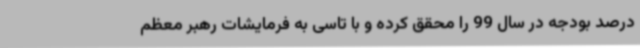
درصد بودجه در سال 99 را محقق کرده و با تاسی به فرمایشات رهبر معظم